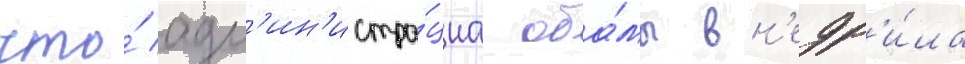
что́ адм'ин'истра́циа оба́мы вн'едр'и́ла